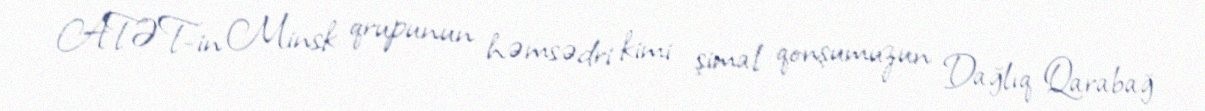
ATƏT-in Minsk qrupunun həmsədri kimi şimal qonşumuzun Dağlıq Qarabağ